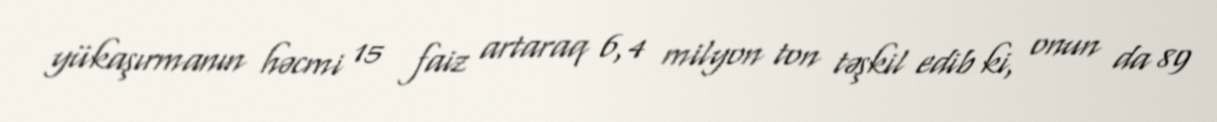
yükaşırmanın həcmi 15 faiz artaraq 6,4 milyon ton təşkil edib ki, onun da 89